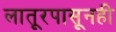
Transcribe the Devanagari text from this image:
लातूरपासूनही